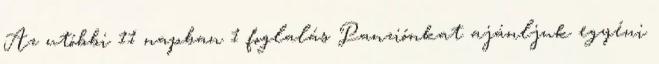
Az utóbbi 11 napban 1 foglalás Panziónkat ajánljuk egyéni